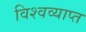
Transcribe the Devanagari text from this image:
विश्वव्याप्त